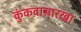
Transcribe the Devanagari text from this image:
कुंकवासारखा